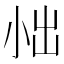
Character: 𪨀